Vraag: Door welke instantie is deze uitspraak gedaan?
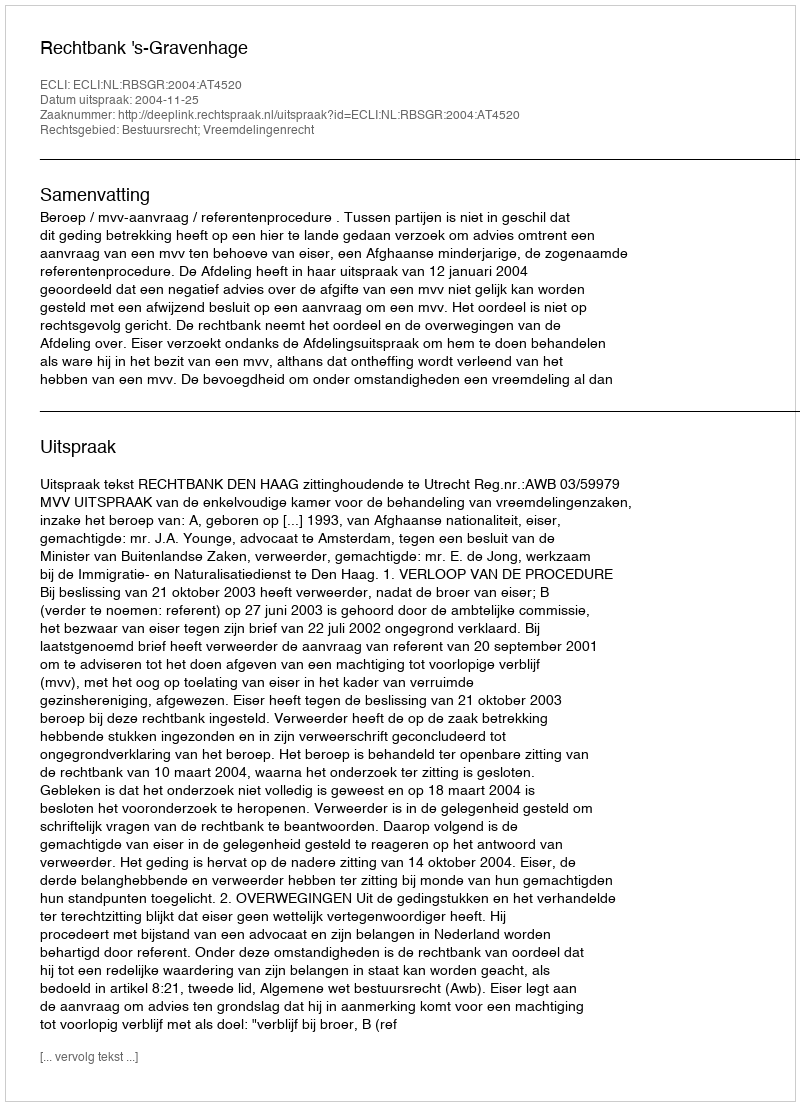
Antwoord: Rechtbank 's-Gravenhage